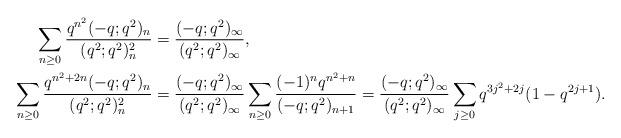
LaTeX: \begin{align*}\sum_{n \geq 0} \frac{q^{n^2}(-q;q^2)_n}{(q^2;q^2)^2_n} &= \frac{(-q;q^2)_\infty}{(q^2;q^2)_\infty},\\\sum_{n \geq 0} \frac{q^{n^2+2n}(-q;q^2)_n}{(q^2;q^2)^2_n} &= \frac{(-q;q^2)_\infty}{(q^2;q^2)_\infty} \sum_{n\geq 0} \frac{(-1)^n q^{n^2+n}}{(-q;q^2)_{n+1}}=\frac{(-q;q^2)_\infty}{(q^2;q^2)_\infty}\sum_{j\geq 0} q^{3j^2+2j}(1-q^{2j+1}).\end{align*}